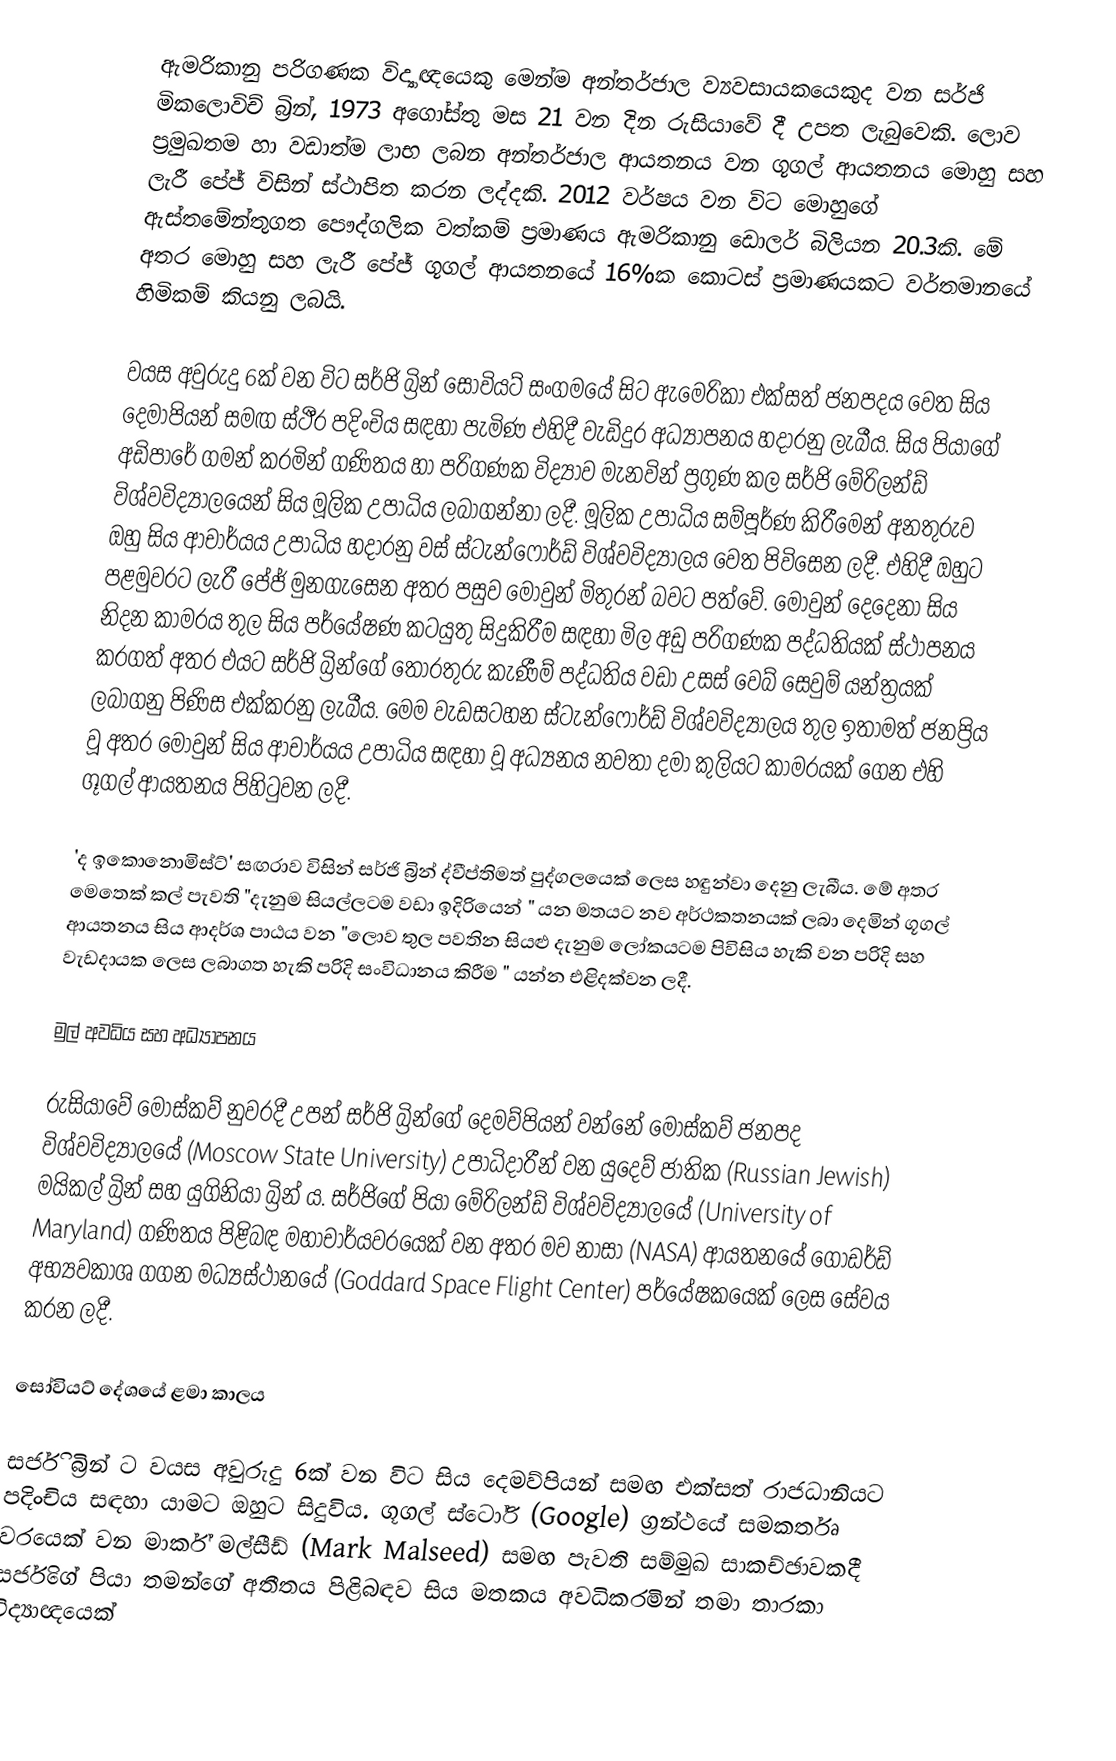
ඇමරිකානු පරිගණක විද්‍යාඥයෙකු මෙන්ම අන්තර්ජාල ව්‍යවසායකයෙකුද වන සර්ජි මිකලොවිච් බ්‍රින්, 1973 අගෝස්තු මස 21 වන දින රුසියාවේ දී උපත ලැබුවෙකි. ලොව ප්‍රමුඛතම හා වඩාත්ම ලාභ ලබන අන්තර්ජාල ආයතනය වන ගූගල් ආයතනය මොහු සහ ලැරී පේජ් විසින් ස්ථාපිත කරන ලද්දකි. 2012 වර්ෂය වන විට මොහුගේ ඇස්තමේන්තුගත පෞද්ගලික වත්කම් ප්‍රමාණය ඇමරිකානු ඩොලර් බිලියන 20.3කි. මේ අතර මොහු සහ ලැරී පේජ් ගූගල් ආයතනයේ 16%ක කොටස් ප්‍රමාණයකට වර්තමානයේ හිමිකම් කියනු ලබයි.

වයස අවුරුදු 6ක් වන විට සර්ජි බ්‍රින් සෝවියට් සංගමයේ සිට ඇමෙරිකා එක්සත් ජනපදය වෙත සිය දෙමාපියන් සමඟ ස්ථීර පදිංචිය සඳහා පැමිණ එහිදී වැඩිදුර අධ්‍යාපනය හදාරනු ලැබීය. සිය පියාගේ අඩිපාරේ ගමන් කරමින් ගණිතය හා පරිගණක විද්‍යාව මැනවින් ප්‍රගුණ කල සර්ජි මේරිලන්ඩ් විශ්වවිද්‍යාලයෙන් සිය මූලික උපාධිය ලබාගන්නා ලදී. මූලික උපාධිය සම්පූර්ණ කිරීමෙන් අනතුරුව ඔහු සිය ආචාර්යය උපාධිය හදාරනු වස් ස්ටැන්ෆෝර්ඩ් විශ්වවිද්‍යාලය වෙත පිවිසෙන ලදී. එහිදී ඔහුට පළමුවරට ලැරී පේජ් මුනගැසෙන අතර පසුව මොවුන් මිතුරන් බවට පත්වේ. මොවුන් දෙදෙනා සිය නිදන කාමරය තුල සිය පර්යේෂණ කටයුතු සිදුකිරීම සඳහා මිල අඩු පරිගණක පද්ධතියක් ස්ථාපනය කරගත් අතර එයට සර්ජි බ්‍රින්ගේ තොරතුරු කැණීම් පද්ධතිය වඩා උසස් වෙබ් සෙවුම් යන්ත්‍රයක් ලබාගනු පිණිස එක්කරනු ලැබීය. මෙම වැඩසටහන ස්ටැන්ෆෝර්ඩ් විශ්වවිද්‍යාලය තුල ඉතාමත් ජනප්‍රිය වූ අතර මොවුන් සිය ආචාර්යය උපාධිය සඳහා වූ අධ්‍යනය නවතා දමා කුලියට කාමරයක් ගෙන එහි ගූගල් ආයතනය පිහිටුවන ලදී.

'ද ඉකොනොමිස්ට්' සඟරාව විසින් සර්ජි බ්‍රින් ද්වීප්තිමත් පුද්ගලයෙක් ලෙස හඳුන්වා දෙනු ලැබීය. මේ අතර මෙතෙක් කල් පැවති "දැනුම සියල්ලටම වඩා ඉදිරියෙන් " යන මතයට නව අර්ථකතනයක් ලබා දෙමින් ගූගල් ආයතනය සිය ආදර්ශ පාඨය වන "ලොව තුල පවතින සියළු දැනුම ලෝකයටම පිවිසිය හැකි වන පරිදි සහ වැඩදායක ලෙස ලබාගත හැකි පරිදි සංවිධානය කිරීම " යන්න එළිදක්වන ලදී.

මුල් අවධිය සහ අධ්‍යාපනය

රුසියාවේ මොස්කව් නුවරදී උපන් සර්ජි බ්‍රින්ගේ දෙමව්පියන් වන්නේ මොස්කව් ජනපද විශ්වවිද්‍යාලයේ (Moscow State University) උපාධිදාරීන් වන යුදෙව් ජාතික (Russian Jewish) මයිකල් බ්‍රින් සහ යුගිනියා බ්‍රින් ය. සර්ජිගේ පියා මේරිලන්ඩ් විශ්වවිද්‍යාලයේ (University of Maryland) ගණිතය පිළිබඳ මහාචාර්යවරයෙක් වන අතර මව නාසා (NASA) ආයතනයේ ගොඩර්ඩ් අභ්‍යවකාශ ගගන මධ්‍යස්ථානයේ (Goddard Space Flight Center) පර්යේෂකයෙක් ලෙස සේවය කරන ලදී.

සෝවියට් දේශයේ ළමා කාලය

සර්ජි බ්‍රින් ට වයස අවුරුදු 6ක් වන විට සිය දෙමව්පියන් සමඟ එක්සත් රාජධානියට පදිංචිය සඳහා යාමට ඔහුට සිදුවිය. ගූගල් ස්ටෝරි (Google) ග්‍රන්ථයේ සමකර්තෘ වරයෙක් වන මාර්ක් මල්සීඩ් (Mark Malseed) සමඟ පැවති සම්මුඛ සාකච්ඡාවකදී සර්ජිගේ පියා තමන්ගේ අතීතය පිළිබඳව සිය මතකය අවධිකරමින් තමා තාරකා විද්‍යාඥයෙක්